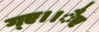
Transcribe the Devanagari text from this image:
ग्ए।।ैए